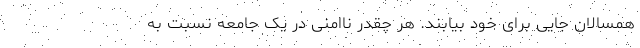
همسالان جایی برای خود بیابند. هر چقدر ناامنی در یک جامعه نسبت به